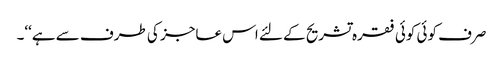
صرف کوئی کوئی فقرہ تشریح کے لئے اس عاجز کی طرف سے ہے‘‘۔